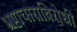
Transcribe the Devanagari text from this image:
भ्रष्टाचाराविरोधी